Lunatic asylums Madras 1877-1891 - 1877-1891
Year: 1877
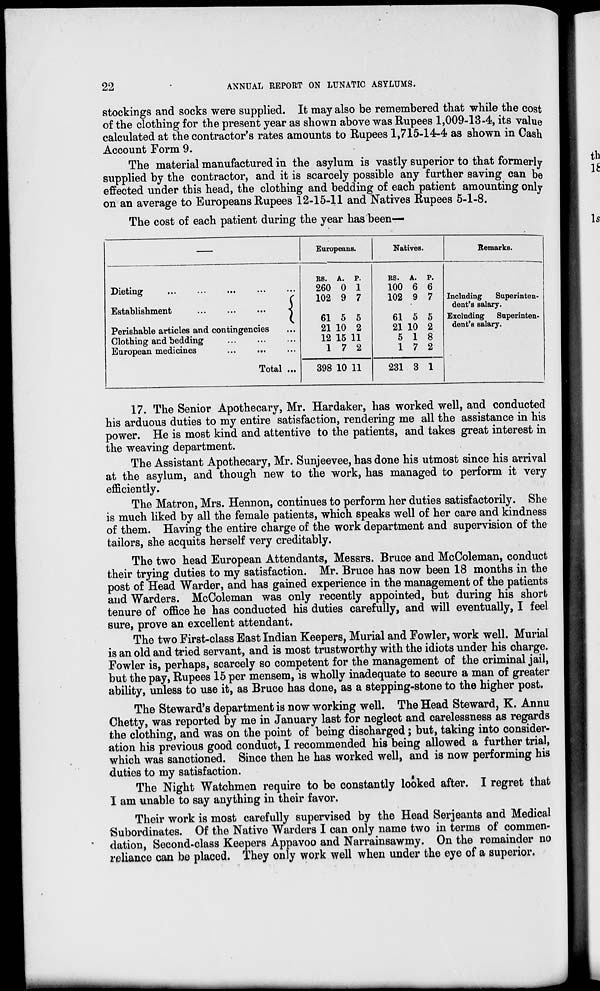
22
ANNUAL REPORT ON LUNATIC ASYLUMS.
stockings and socks were supplied. It may also be remembered that while the cost
of the clothing for the present year as shown above was Rupees 1,009-13-4, its value
calculated at the contractor's rates amounts to Rupees 1,715-14-4 as shown in Cash
Account Form 9.
The material manufactured in the asylum is vastly superior to that formerly
supplied by the contractor, and it is scarcely possible any further saving can be
effected under this head, the clothing and bedding of each patient amounting only
on an average to Europeans Rupees 12-15-11 and Natives Rupees 5-1-8.
The cost of each patient during the year has been—
—
Dieting ... ... ... ... ...
Establishment
...
...
...
Perishable articles and contingencies ...
Clothing and bedding ... ... ...
European medicines ... ... ...
Total ...
Europeans.
RS.
260
102
61
21
12
1
398
A.
0
9
5
10
15
7
10
P.
1
7
5
2
11
2
11
Natives.
RS.
100
102
61
21
5
1
231
A.
6
9
5
10
1
7
3
P.
6
7
5
2
8
2
1
Remarks.
Including
Superinten-
dent's salary.
Excluding Superinten-
dent's salary.
17. The Senior Apothecary, Mr. Hardaker, has worked well, and conducted
his arduous duties to my entire satisfaction, rendering me all the assistance in his
power. He is most kind and attentive to the patients, and takes great interest in
the weaving department.
The Assistant Apothecary, Mr. Sunjeevee, has done his utmost since his arrival
at the asylum, and though new to the work, has managed to perform it very
efficiently.
The Matron, Mrs. Hennon, continues to perform her duties satisfactorily. She
is much liked by all the female patients, which speaks well of her care and kindness
of them. Having the entire charge of the work department and supervision of the
tailors, she acquits herself very creditably.
The two head European Attendants, Messrs. Bruce and McColeman, conduct
their trying duties to my satisfaction. Mr. Bruce has now been 18 months in the
post of Head Warder, and has gained experience in the management of the patients
and Warders. McColeman was only recently appointed, but during his short
tenure of office he has conducted his duties carefully, and will eventually, I feel
sure, prove an excellent attendant.
The two First-class East Indian Keepers, Murial and Fowler, work well. Murial
is an old and tried servant, and is most trustworthy with the idiots under his charge.
Fowler is, perhaps, scarcely so competent for the management of the criminal jail,
but the pay, Rupees 15 per mensem, is wholly inadequate to secure a man of greater
ability, unless to use it, as Bruce has done, as a stepping-stone to the higher post.
The Steward's department is now working well. The Head Steward, K. Annu
Chetty, was reported by me in January last for neglect and carelessness as regards
the clothing, and was on the point of being discharged; but, taking into consider-
ation his previous good conduct, I recommended his being allowed a further trial,
which was sanctioned. Since then he has worked well, and is now performing his
duties to my satisfaction.
The Night Watchmen require to be constantly looked after. I regret that
I am unable to say anything in their favor.
Their work is most carefully supervised by the Head Serjeants and Medical
Subordinates. Of the Native Warders I can only name two in terms of commen-
dation, Second-class Keepers Appavoo and Narrainsawmy. On the remainder no
reliance can be placed. They only work well when under the eye of a superior.